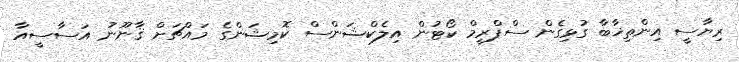
ރިޔާސީ އިންތިޚާބާ ގުޅިގެން ސްޕްރީމް ކޯޓުން އިލެކްޝަންސް ކޮމިޝަންގެ މައްޗަށް ޤާނޫނު އަސާސީއާ